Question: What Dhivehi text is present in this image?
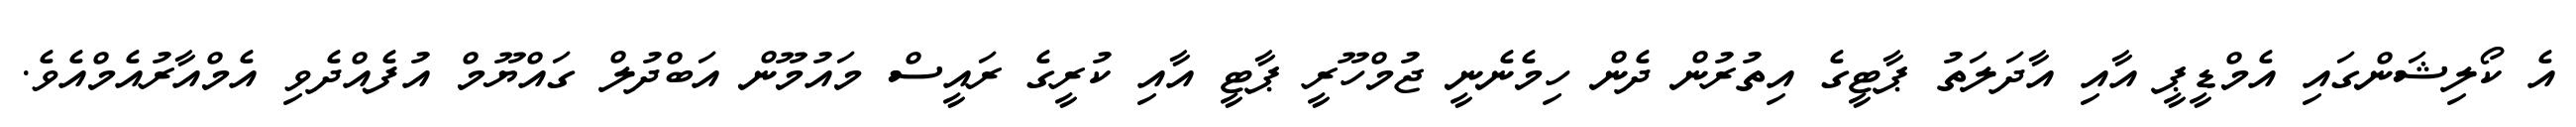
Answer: އެ ކޯލިޝަންގައި އެމްޑީޕީ އާއި އާދަލަތު ޕާޓީގެ އިތުރުން ދެން ހިމެނެނީ ޖުމްހޫރީ ޕާޓީ އާއި ކުރީގެ ރައީސް މައުމޫން އަބްދުލް ގައްޔޫމް އުފެއްދެވި އެމްއާރުއެމްއެވެ.